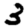
Digit: 3